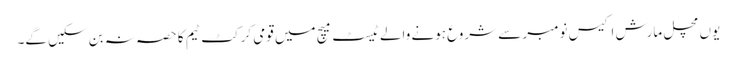
یوں مچل مارش اکیس نومبر سے شروع ہونے والے ٹیسٹ میچ میں قومی کرکٹ ٹیم کا حصہ نہ بن سکیں گے۔